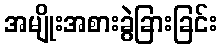
အမျိုးအစားခွဲခြားခြင်း